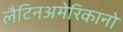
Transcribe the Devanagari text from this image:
लैटिनअमेरिकानो